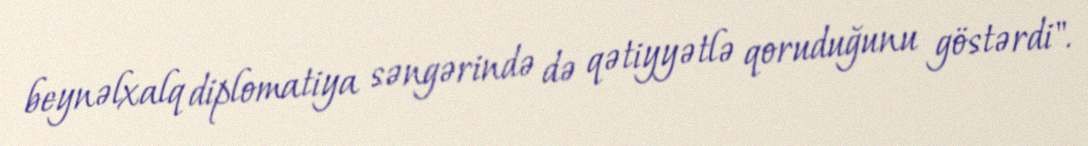
beynəlxalq diplomatiya səngərində də qətiyyətlə qoruduğunu göstərdi".